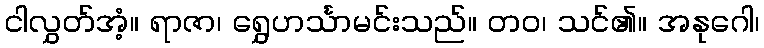
ငါလွှတ်အံ့။ ရာဇာ၊ ရွှေဟင်္သာမင်းသည်။ တဝ၊ သင်၏။ အနုဂေါ၊